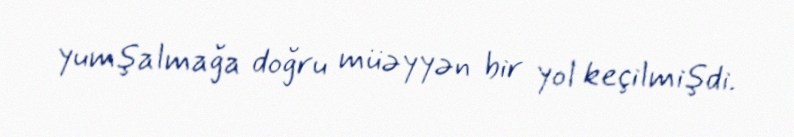
yumşalmağa doğru müəyyən bir yol keçilmişdi.